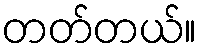
တတ်တယ်။